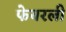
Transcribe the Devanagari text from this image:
फेयरली